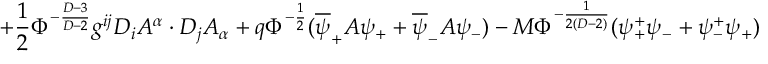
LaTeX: + \frac { 1 } { 2 } \Phi ^ { - \frac { D - 3 } { D - 2 } } g ^ { i j } D _ { i } A ^ { \alpha } \cdot D _ { j } A _ { \alpha } + q \Phi ^ { - \frac { 1 } { 2 } } ( \overline { { { \psi } } } _ { + } A \psi _ { + } + \overline { { { \psi } } } _ { - } A \psi _ { - } ) - M \Phi ^ { - \frac { 1 } { 2 ( D - 2 ) } } ( \psi _ { + } ^ { + } \psi _ { - } + \psi _ { - } ^ { + } \psi _ { + } )